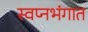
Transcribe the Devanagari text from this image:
स्वप्नभंगात